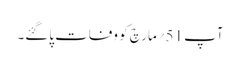
آپ 51؍مارچ کو وفات پاگئے۔